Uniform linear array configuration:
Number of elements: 48
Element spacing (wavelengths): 0.75
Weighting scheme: cosine
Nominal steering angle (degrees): -60
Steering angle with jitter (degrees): -60.793
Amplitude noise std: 0.05
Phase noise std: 0.05

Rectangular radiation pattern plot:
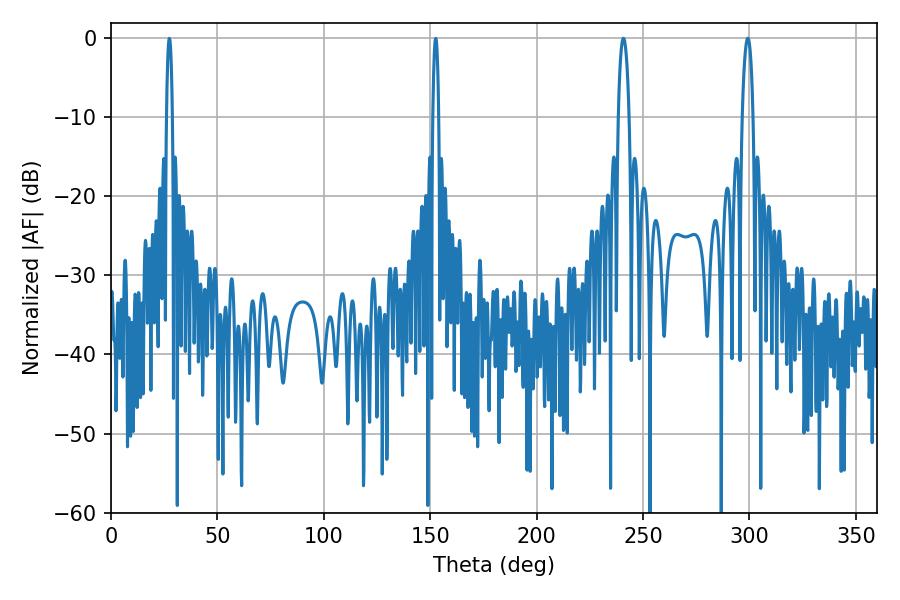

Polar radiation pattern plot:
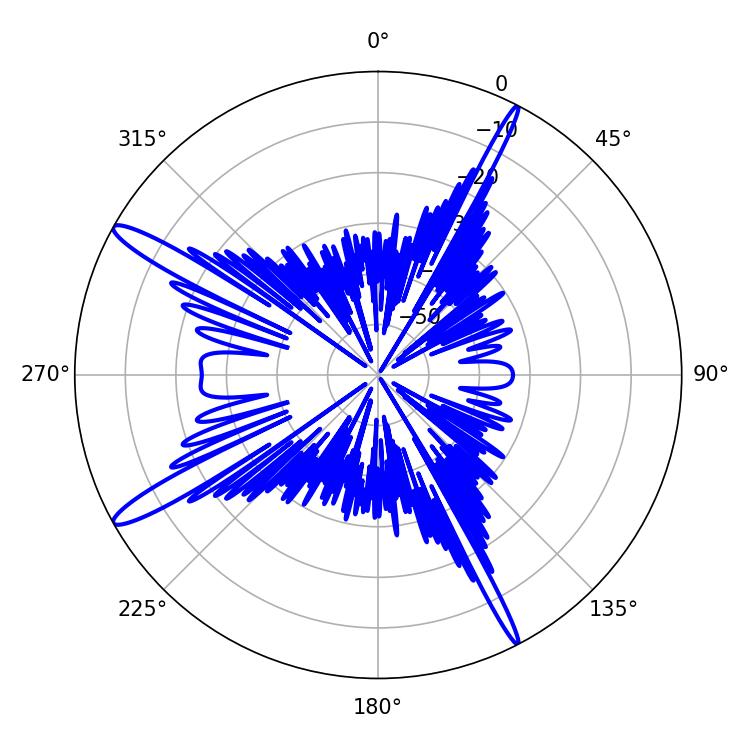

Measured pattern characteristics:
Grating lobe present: TRUE
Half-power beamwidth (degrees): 2.88
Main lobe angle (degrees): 299.16